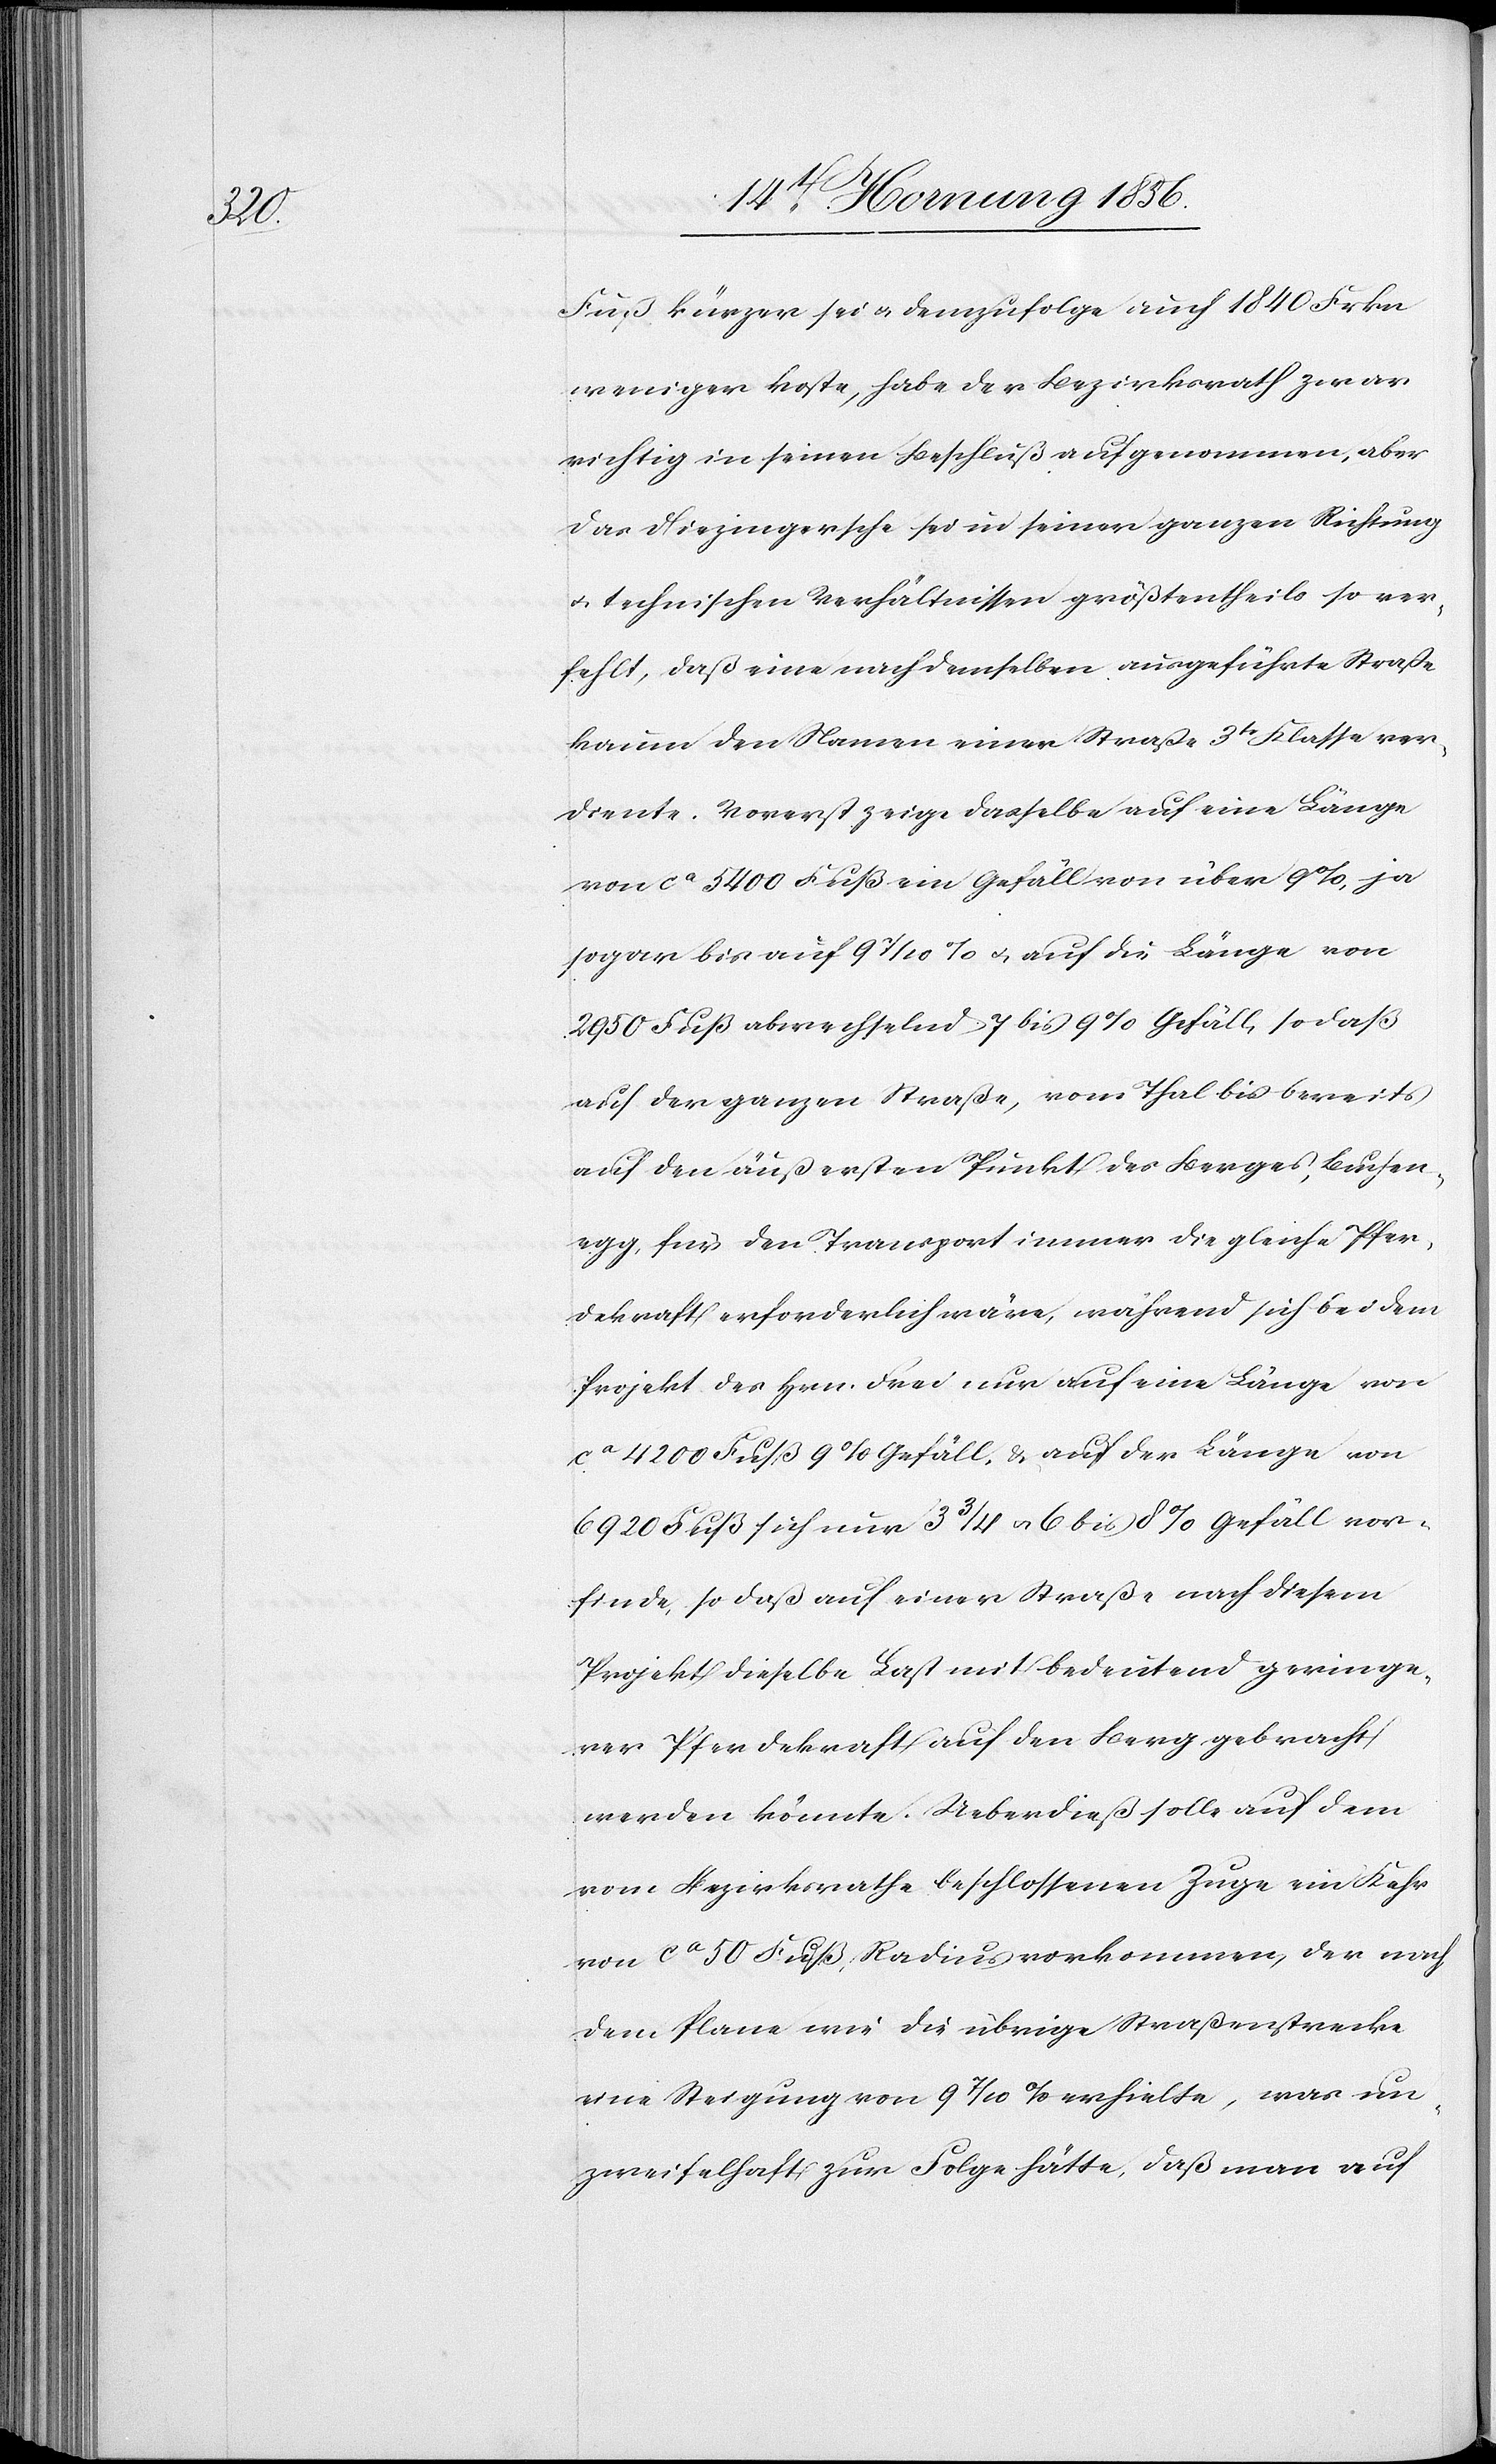
Fuß kürzer sei u. demzufolge auch 1840 Frkn
weniger koste, habe der Bezirksrath zwar
richtig in seinen Beschluß aufgenommen, aber
das Diezingersche sei in seiner ganzen Richtung
u. technischen Verhältnissen größtentheils so ver¬
fehlt, daß eine nach demselben ausgeführte Straße
kaum den Namen einer Straße 3tr Klasse ver¬
diente. Vorerst zeige dasselbe auf eine Länge
von ca 5400 Fuß ein Gefäll von über 9%, ja
sogar bis auf 9 7/10 % u. auf die Länge von
2950 Fuß abwechselnd 7 bis 9% Gefäll, sodaß
auf der ganzen Straße, vom Thal bis bereits
auf den äußersten Punkt des Berges, Buchen¬
egg, für den Transport immer die gleich Pfer¬
dekraft erforderlich wäre, während sich bei dem
Projekt des Hrn. Frei nur auf eine Länge von
ca 4200 Fuß 9% Gefäll, & auf der Länge von
6920 Fuß sich nur 3 ¾ u. 6 bis 8% Gefäll vor¬
finde, sodaß auf einer Straße nach diesem
Projekt dieselbe Last mit bedeutend geringe¬
rer Pferdekraft auf den Berg gebracht
werden könnte. Ueberdieß solle auf dem
vom Bezirksrathe beschlossenen Zuge ein Kehr
von ca 50 Fuß Radius vorkommen, der nach
dem Plane wie die übrige Straßenstrecke
eine Steigung von 9 7/10 % erhielte, was un¬
zweifelhaft zur Folge hätte, daß man auf